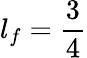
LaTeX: l_{f}=\frac{3}{4}